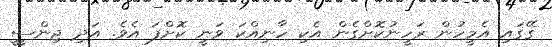
ގޭގައި އެމީހުން ރަހީނުކޮށްގެން އެކި ހާނިއްކަ ވަނީ ކޮށްފަ އެވެ. އަދި ޖިންސީީ